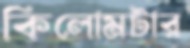
কিলোমটার